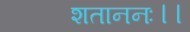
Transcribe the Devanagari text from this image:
शताननः।।